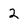
Character: 2